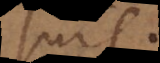
suis.